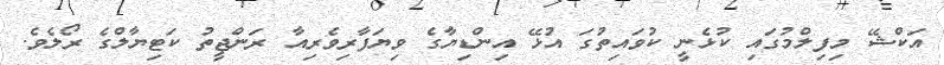
އަކްޝޭ މިފިލްމުގައި ކުޅެނީ ކުވައިތުގަ އުޅޭ އިންޑިޔާގެ ވިޔަފާރިވެރިއާ ރަންޖީތު ކަޓިޔާލްގެ ރޯލެވެ.